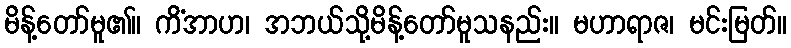
မိန့်တော်မူ၏။ ကိံအာဟ၊ အဘယ်သို့မိန့်တော်မူသနည်း။ မဟာရာဇ၊ မင်းမြတ်။